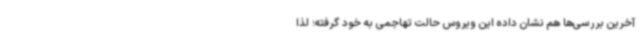
آخرین بررسی‌ها هم نشان داده این ویروس حالت تهاجمی به خود گرفته؛ لذا